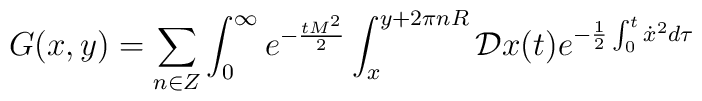
G(x,y)=\sum_{n\in Z}\int_0^{\infty} e^{-{{tM^2}\over 2}}\int_x^{y+2\pi nR}{\cal D}x(t)e^{-{1\over 2}\int_0^t\dot x^2d\tau}